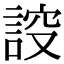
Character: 𧨠